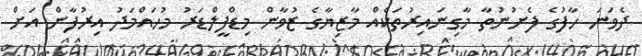
ދެވަނަ ހާފުގެ ފެށުނުތާ މާގިނައިރުތަކެއް މާޒިޔާގެ ޒުވާން މިޑްފީލްޑަރު މުހައްމަދު އިރުފާން އަށް